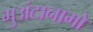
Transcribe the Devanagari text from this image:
गुअंटानामो